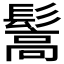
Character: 𩮘